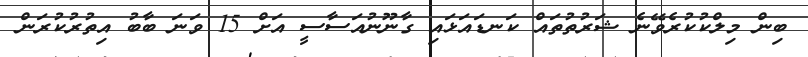
ބިން މިލްކުކުރެވޭނެ ޝަރުތުތައް ކަނޑައަޅައި ގާނޫނުއަސާސީ އަށް 15 ވަނަ ބާބު އިތުރުކުރަން